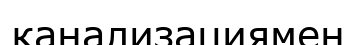
канализациямен